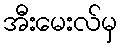
အီးမေးလ်မှ